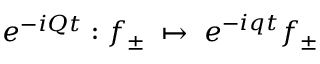
e ^ { - i Q t } : f _ { \pm } \; \mapsto \; e ^ { - i q t } f _ { \pm }